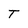
Character: T